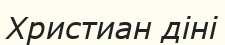
Христиан діні